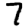
Digit: 7